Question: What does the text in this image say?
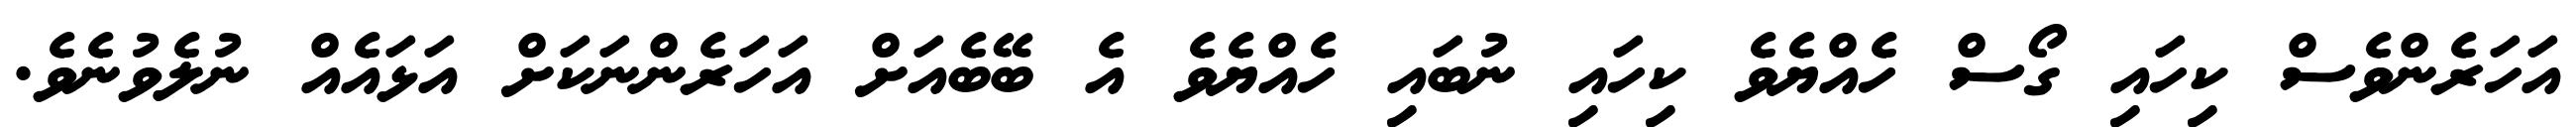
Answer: އަހަރެންވެސް ކިހައި ގޯސް ހެއްޔެވެ ކިހައި ނުބައި ހެއްޔެވެ އެ ބޭބެއަށް އަހަރެންނަކަށް އަޅައެއް ނުލެވުނެވެ.